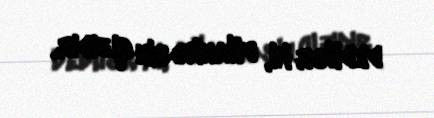
dedilər ki, filankəsin qızıdır.